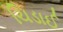
ચિડાઈ